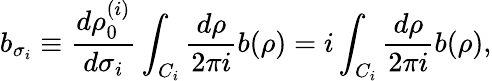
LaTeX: b_{\sigma_{i}}\equiv{\frac{d\rho_{0}^{(i)}}{d\sigma_{i}}}\int_{C_{i}}{\frac{d\rho}{2\pi i}}b(\rho)=i\int_{C_{i}}{\frac{d\rho}{2\pi i}}b(\rho),